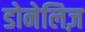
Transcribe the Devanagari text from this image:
डोनेलिज़